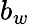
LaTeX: b_{w}